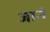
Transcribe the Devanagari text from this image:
जानं